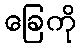
ခြေကို